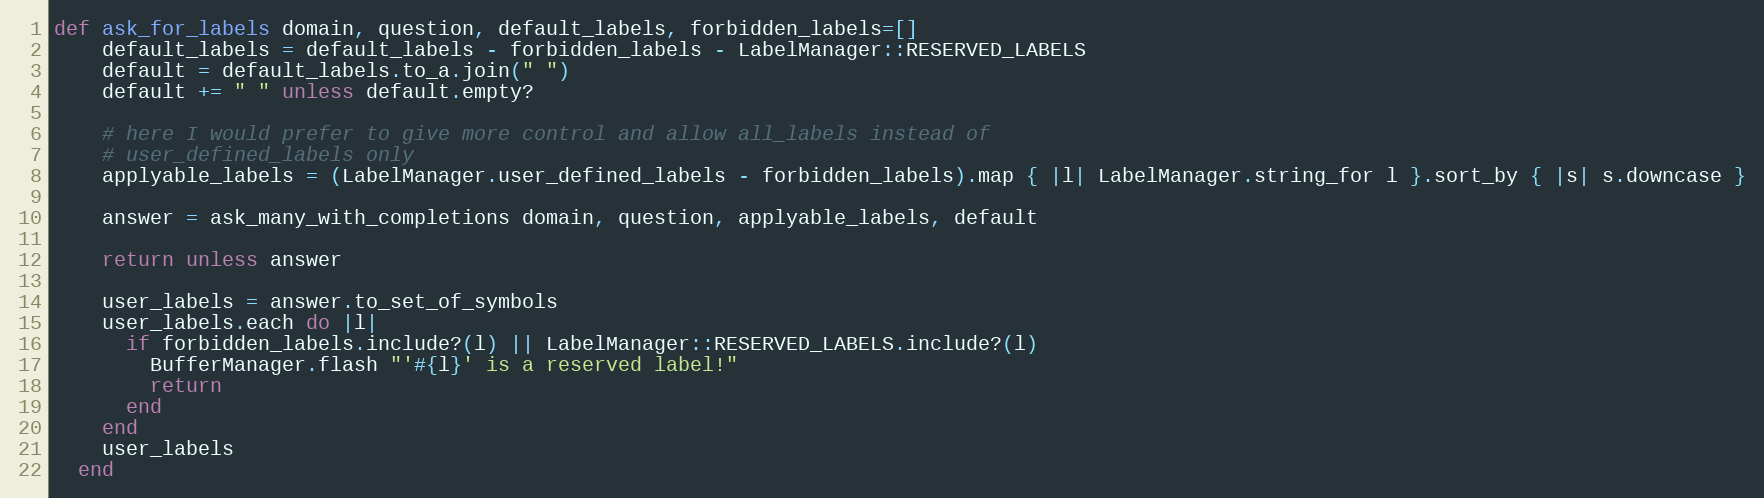
Language: Ruby
def ask_for_labels domain, question, default_labels, forbidden_labels=[]
    default_labels = default_labels - forbidden_labels - LabelManager::RESERVED_LABELS
    default = default_labels.to_a.join(" ")
    default += " " unless default.empty?

    # here I would prefer to give more control and allow all_labels instead of
    # user_defined_labels only
    applyable_labels = (LabelManager.user_defined_labels - forbidden_labels).map { |l| LabelManager.string_for l }.sort_by { |s| s.downcase }

    answer = ask_many_with_completions domain, question, applyable_labels, default

    return unless answer

    user_labels = answer.to_set_of_symbols
    user_labels.each do |l|
      if forbidden_labels.include?(l) || LabelManager::RESERVED_LABELS.include?(l)
        BufferManager.flash "'#{l}' is a reserved label!"
        return
      end
    end
    user_labels
  end